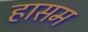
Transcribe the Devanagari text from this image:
हासम